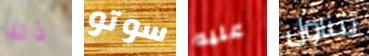
ذلك سوتو عليه تتناول